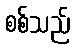
စစ်သည်